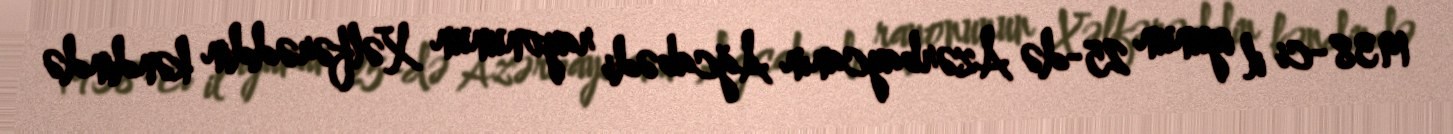
1938-ci il iyunun 25-də Azərbaycanın Ağcabədi rayonunun Xəlfərəddin kəndində